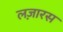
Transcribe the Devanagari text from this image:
लज़ारस